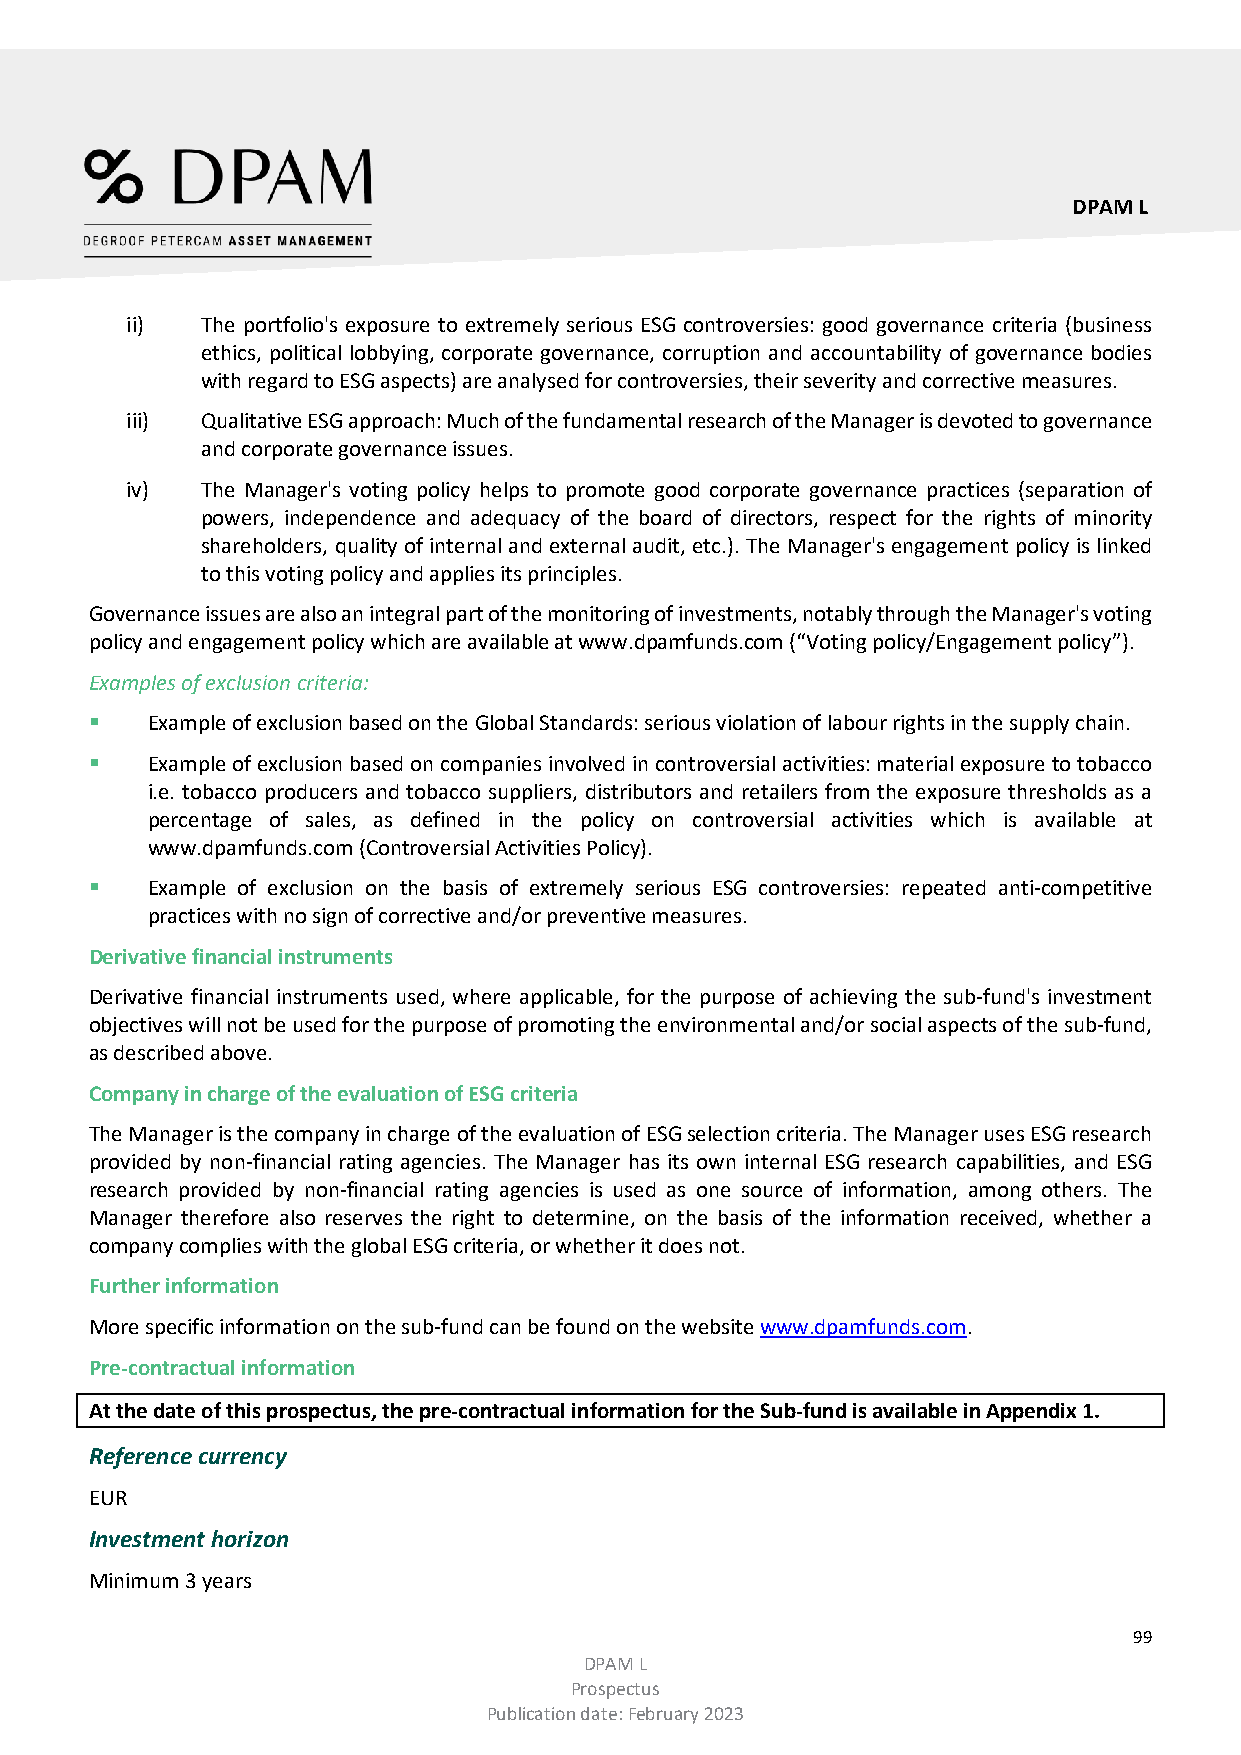
DPAM L
 ii)  The portfolio's exposure to extremely serious ESG controversies: good governance criteria (business
 ethics, political lobbying, corporate governance, corruption and accountability of governance bodies
 with regard to ESG aspects) are analysed for controversies, their severity and corrective measures.
 iii) Qualitative ESG approach: Much of the fundamental research of the Manager is devoted to governance
 and corporate governance issues.
 iv)  The Manager's voting policy helps to promote good corporate governance practices (separation of
 powers, independence and adequacy of the board of directors, respect for the rights of minority
 shareholders, quality of internal and external audit, etc.). The Manager's engagement policy is linked
 to this voting policy and applies its principles.
 Governance issues are also an integral part of the monitoring of investments, notably through the Manager's voting
 policy and engagement policy which are available at www.dpamfunds.com (“Voting policy/Engagement policy”).
 Examples of exclusion criteria:
    Example of exclusion based on the Global Standards: serious violation of labour rights in the supply chain.
    Example of exclusion based on companies involved in controversial activities: material exposure to tobacco
 i.e. tobacco producers and tobacco suppliers, distributors and retailers from the exposure thresholds as a
 percentage of sales, as defined in the policy on controversial activities which is available at
 www.dpamfunds.com (Controversial Activities Policy).
    Example of exclusion on the basis of extremely serious ESG controversies: repeated anti-competitive
 practices with no sign of corrective and/or preventive measures.
 Derivative financial instruments
 Derivative financial instruments used, where applicable, for the purpose of achieving the sub-fund's investment
 objectives will not be used for the purpose of promoting the environmental and/or social aspects of the sub-fund,
 as described above.
 Company in charge of the evaluation of ESG criteria
 The Manager is the company in charge of the evaluation of ESG selection criteria. The Manager uses ESG research
 provided by non-financial rating agencies. The Manager has its own internal ESG research capabilities, and ESG
 research provided by non-financial rating agencies is used as one source of information, among others. The
 Manager therefore also reserves the right to determine, on the basis of the information received, whether a
 company complies with the global ESG criteria, or whether it does not.
 Further information
 More specific information on the sub-fund can be found on the website www.dpamfunds.com.
 Pre-contractual information
 At the date of this prospectus, the pre-contractual information for the Sub-fund is available in Appendix 1.
 Reference currency
 EUR
 Investment horizon
 Minimum 3 years
 99
 DPAM L
 Prospectus
 Publication date: February 2023